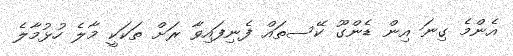
އެންމެ ގިނަ އިން ޑެންގޫ ކޭސތައްް ފެނިފައިވާ ރަށް ތަކަކީ މާލެ ހުޅުމާލެ